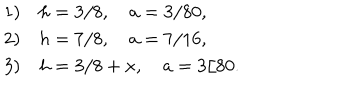
LaTeX: \begin{array} { l l } { { 1 ) } } & { { h = 3 / 8 , \quad a = 3 / 8 0 , } } \\ { { 2 ) } } & { { h = 7 / 8 , \quad a = 7 / 1 6 , } } \\ { { 3 ) } } & { { h = 3 / 8 + x , \quad a = 3 / 8 0 . } } \\ \end{array}